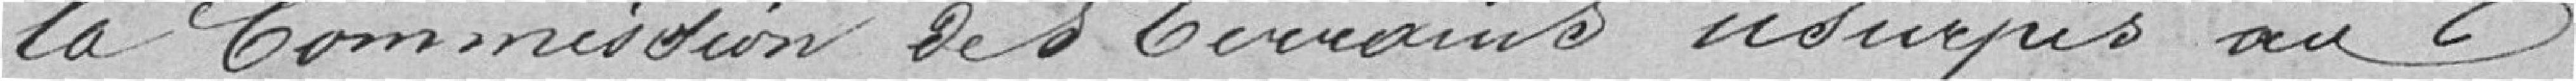
la Commission des 2crivains usurpés au